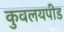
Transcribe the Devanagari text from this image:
कुवलयपीड